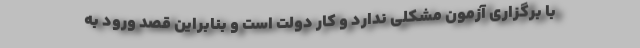
با برگزاری آزمون مشکلی ندارد و کار دولت است و بنابراین قصد ورود به